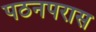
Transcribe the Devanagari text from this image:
पठनपरास